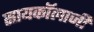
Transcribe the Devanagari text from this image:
सायकॉलाजी